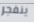
ينفجر